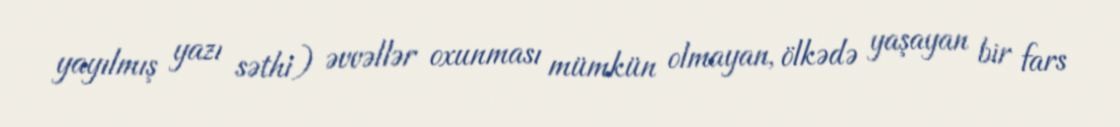
yayılmış yazı səthi) əvvəllər oxunması mümkün olmayan, ölkədə yaşayan bir fars